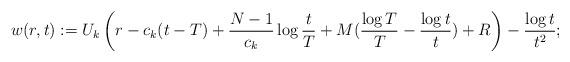
LaTeX: \begin{align*}w(r,t):=U_{k}\left(r-c_{k}(t-T)+\frac{N-1}{c_{k}}\log \frac tT+M(\frac{\log T}T-\frac{\log t} t)+R\right)-\frac{\log t}{t^2};\end{align*}